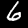
Digit: 6